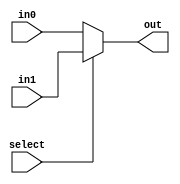
module mux_2sixtyfive(out, select, in0, in1);
    input select;
    input[64:0] in0, in1;
    output[64:0] out;
    assign out = select ? in1 : in0;
endmodule